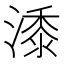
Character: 潻